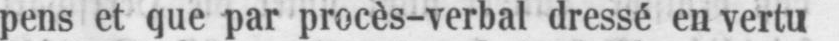
pens et que par procès-verbal dressé en vertu